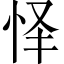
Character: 怿